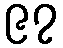
၉၇